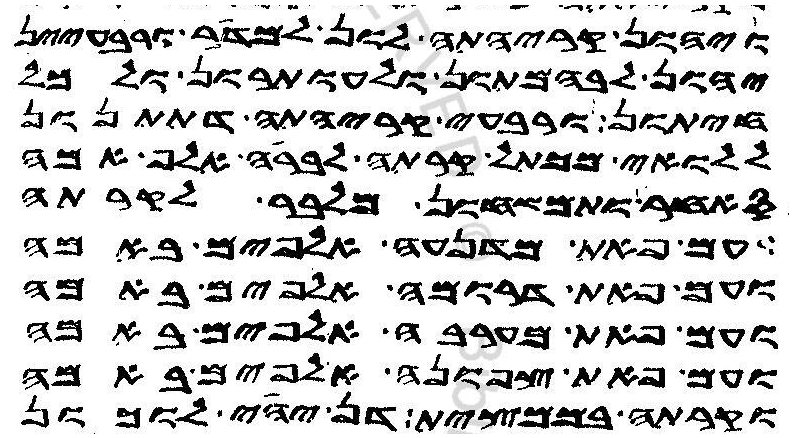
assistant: ויהון קריהתה לון למדר ורבעיין
יהון לבהמתון ולעותרון ולכל
חיתון ורבעי קריהתה דתתנון
ללואי מכתל קרתה לברה אלף אמה
סאחר ותמשחון מלבר לקרתה
עם פאת מדנעה אלפים באמה
ועם פאת דרומה אלפים באמה
ועם פאת מערבה אלפים באמה
ועם פאת צפונה אלפים באמה
וקרתה בממצית דן יהי לוכון